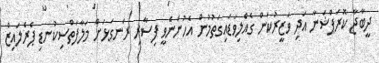
ދީބާޖާ ކޮރަޕްޝަނާ އަދި ވަޒީރުކަން ގެއްލިވަޑައިގަތުމުން އެހުންނެވީ ފިސާރި ރަނގަޅަށް މަލާފަތްސިކުނޑި ޕެރެލައިޒް